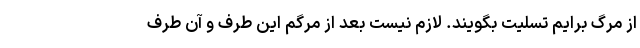
از مرگ برایم تسلیت بگویند. لازم نیست بعد از مرگم این طرف و آن طرف